Indian journal of veterinary science and animal husbandry - Volumes 15-17, 1948-1951
Year: 1948
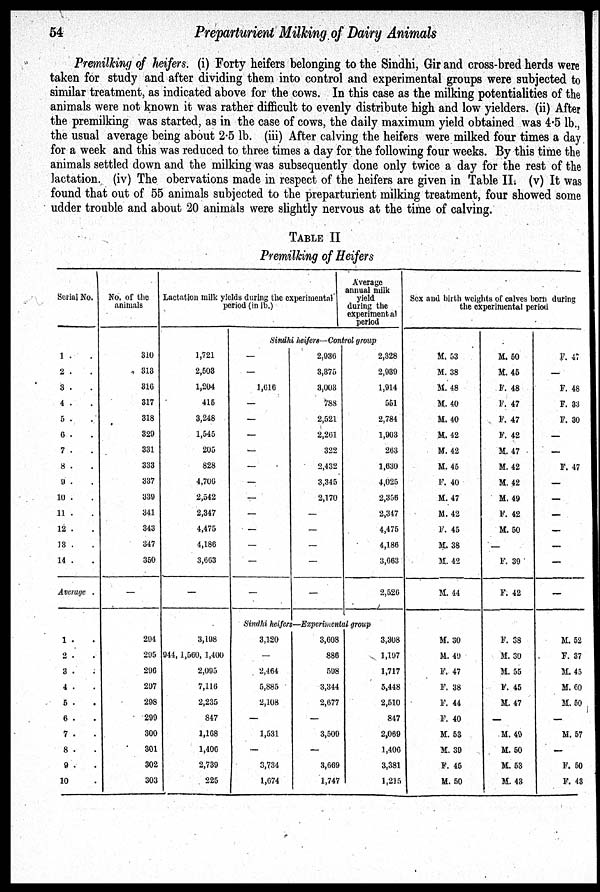
54
Preparturient Milking of Dairy Animals
Premilking of heifers. (i) Forty heifers belonging to the Sindhi, Gir and cross-bred herds were
taken for study and after dividing them into control and experimental groups were subjected to
similar treatment, as indicated above for the cows. In this case as the milking potentialities of the
animals were not known it was rather difficult to evenly distribute high and low yielders. (ii) After
the premilking was started, as in the case of cows, the daily maximum yield obtained was 4.5 lb.,
the usual average being about 2.5 lb. (iii) After calving the heifers were milked four times a day
for a week and this was reduced to three times a day for the following four weeks. By this time the
animals settled down and the milking was subsequently done only twice a day for the rest of the
lactation. (iv) The obervations made in respect of the heifers are given in Table II. (v) It was
found that out of 55 animals subjected to the preparturient milking treatment, four showed some
udder trouble and about 20 animals were slightly nervous at the time of calving.
TABLE II
Premilking of Heifers
Serial No.
1 . .
2 . .
3 . .
4 . .
5 . .
6 . .
7 . .
8 . .
9 . .
10 . .
11 . .
12 . .
13 . .
14 . .
Average .
1 . .
2 . .
3 . .
4 . .
5 . .
6 . .
7 . .
8 . .
9 . .
10 .
No. of the
animals
310
318
316
317
318
329
331
333
337
330
341
343
347
350
—
294
295
296
297
298
299
300
301
302
303
Lactation milk yields during the experimental
period (in lb.)
1,721
2,503
1,204
415
3,248
1,545
205
828
4,706
2,542
2,347
4,475
4,186
3,663
—
3,198
944, 1,560, 1,400
2,095
7,116
2,235
847
1,168
1,406
2,739
225
Average
annual milk
yield
during the
experimental
period
Sindhi heifers—Control group
—
—
1,616
—
—
—
—
—
—
—
—
—
—
—
—
2,936
3,375
3,003
788
2,521
2,261
322
2,432
3,345
2,170
—
—
—
—
—
2,328
2,939
1,914
551
2,784
1,903
263
1,630
4,025
2,356
2,347
4,475
4,186
3,663
2,526
Sindhi heifers—Experimental group
3,120
—
2,464
5,885
2,108
—
1,531
—
3,734
1,674
3,608
886
598
3,344
2,677
—
3,509
—
3,669
1,747
3,308
1,197
1,717
5,448
2,510
847
2,069
1,406
3,381
1,215
Sex and borth weights of calves born
the experimental period
M. 53
M. 38
M. 48
M. 40
M. 40
M. 42
M. 42
M. 45
F. 40
M. 47
M. 42
F. 45
M. 38
M. 42
M. 44
M. 30
M. 49
F. 47
F. 38
F. 44
F. 40
M. 53
M. 39
F. 45
M. 50
M. 50
M. 45
F. 48
F. 47
F. 47
F. 42
M. 47
M. 42
M. 42
M. 49
F. 42
M. 50
—
F. 39
F. 42
F. 38
M. 30
M. 55
F. 45
M. 47
—
M. 49
M. 50
M. 53
M. 43
F. 47
—
F. 48
F. 33
F. 30
—
—
F. 47
—
—
—
—
—
—
—
M. 52
F. 37
M. 45
M. 60
M. 50
—
M. 57
—
F. 50
F. 43